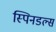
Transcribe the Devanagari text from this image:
स्पिनडल्स